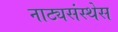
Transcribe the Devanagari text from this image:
नाट्यसंस्थेस